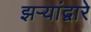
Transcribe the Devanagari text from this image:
झऱ्यांद्वारे